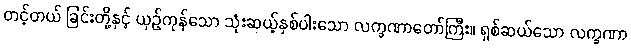
တင့်တယ် ခြင်းတို့နှင့် ယှဉ်ကုန်သော သုံးဆယ့်နှစ်ပါးသော လက္ခဏာတော်ကြီး။ ရှစ်ဆယ်သော လက္ခဏာ